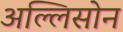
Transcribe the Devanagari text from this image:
अल्लिसोन